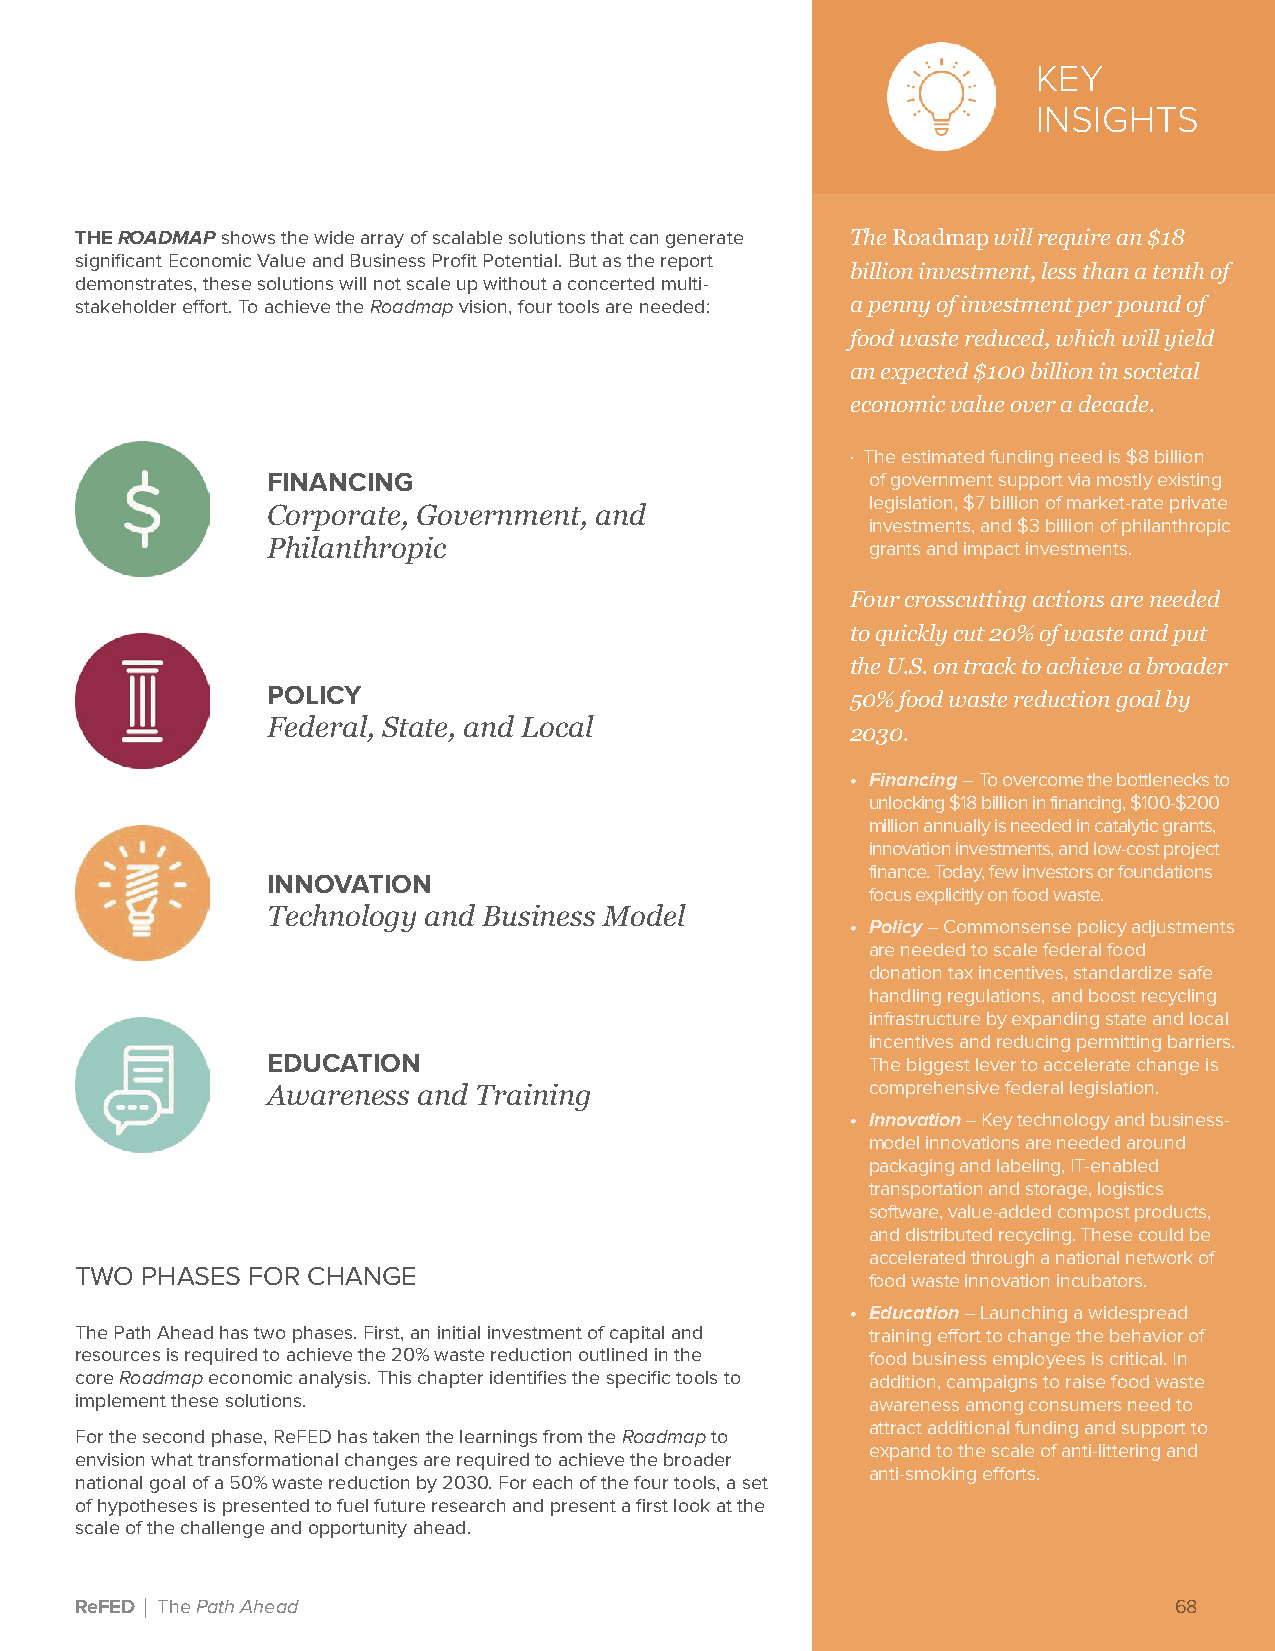
KEY
 INSIGHTS
 THE ROADMAP shows the wide array of scalable solutions that can generate The Roadmap will require an $18
 significant Economic Value and Business Profit Potential. But as the report
 billion investment, less than a tenth of
 demonstrates, these solutions will not scale up without a concerted multi-
 stakeholder effort. To achieve the Roadmap vision, four tools are needed: a penny of investment per pound of
 food waste reduced, which will yield
 an expected $100 billion in societal
 economic value over a decade.
 · The estimated funding need is $8 billion
 FINANCING                               of government support via mostly existing
 legislation, $7 billion of market-rate private
 Corporate, Government, and
 investments, and $3 billion of philanthropic
 Philanthropic                           grants and impact investments.
 Four crosscutting actions are needed
 to quickly cut 20% of waste and put
 the U.S. on track to achieve a broader
 POLICY
 50% food waste reduction goal by
 Federal, State, and Local
 2030.
 • Financing – To overcome the bottlenecks to
 unlocking $18 billion in financing, $100-$200
 million annually is needed in catalytic grants,
 innovation investments, and low-cost project
 finance. Today, few investors or foundations
 INNOVATION
 focus explicitly on food waste.
 Technology and Business Model
 • Policy – Commonsense policy adjustments
 are needed to scale federal food
 donation tax incentives, standardize safe
 handling regulations, and boost recycling
 infrastructure by expanding state and local
 incentives and reducing permitting barriers.
 EDUCATION                               The biggest lever to accelerate change is
 Awareness and Training                  comprehensive federal legislation.
 • Innovation – Key technology and business-
 model innovations are needed around
 packaging and labeling, IT-enabled
 transportation and storage, logistics
 software, value-added compost products,
 and distributed recycling. These could be
 accelerated through a national network of
 TWO PHASES FOR CHANGE
 food waste innovation incubators.
 • Education – Launching a widespread
 The Path Ahead has two phases. First, an initial investment of capital and training effort to change the behavior of
 resources is required to achieve the 20% waste reduction outlined in the food business employees is critical. In
 core Roadmap economic analysis. This chapter identifies the specific tools to addition, campaigns to raise food waste
 implement these solutions.                           awareness among consumers need to
 attract additional funding and support to
 For the second phase, ReFED has taken the learnings from the Roadmap to
 expand to the scale of anti-littering and
 envision what transformational changes are required to achieve the broader
 anti-smoking efforts.
 national goal of a 50% waste reduction by 2030. For each of the four tools, a set
 of hypotheses is presented to fuel future research and present a first look at the
 scale of the challenge and opportunity ahead.
 ReFED | The Path Ahead                                                   68